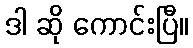
ဒါ ဆို ကောင်းပြီ။